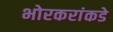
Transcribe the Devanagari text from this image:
भोरकरांकडे